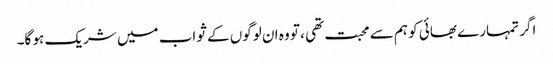
اگر تمہارے بھائی کو ہم سے محبت تھی ، تو وہ ان لوگوں کے ثواب میں شریک ہو گا۔